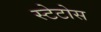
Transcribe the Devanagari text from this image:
स्टेटोस